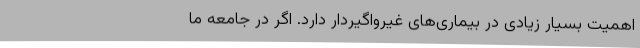
اهمیت بسیار زیادی در بیماری‌های غیرواگیردار دارد. اگر در جامعه ما